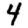
Digit: 4